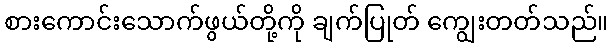
စားကောင်းသောက်ဖွယ်တို့ကို ချက်ပြုတ် ကျွေးတတ်သည်။